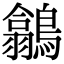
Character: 𪅲